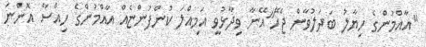
"އާއްމުންގެ ހިޔާލު ބަދަލުވާން ޖެހޭ"އޭނާ ވިދާޅުވީ އަމިއްލަ ކުންފުންޏެއް އާއްމުންގެ ހިއްސާ އޮންނަ